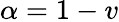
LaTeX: \alpha=1-v